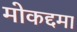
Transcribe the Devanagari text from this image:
मोकद्दमा